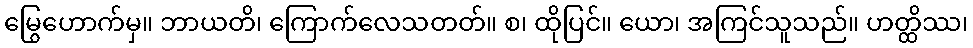
မြွေဟောက်မှ။ ဘာယတိ၊ ကြောက်လေသတတ်။ စ၊ ထိုပြင်။ ယော၊ အကြင်သူသည်။ ဟတ္ထိဿ၊